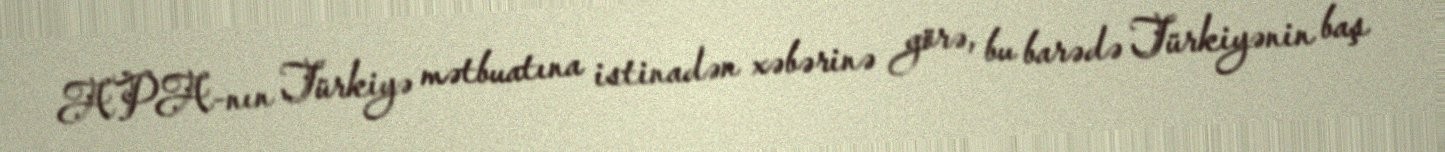
APA-nın Türkiyə mətbuatına istinadən xəbərinə görə, bu barədə Türkiyənin baş